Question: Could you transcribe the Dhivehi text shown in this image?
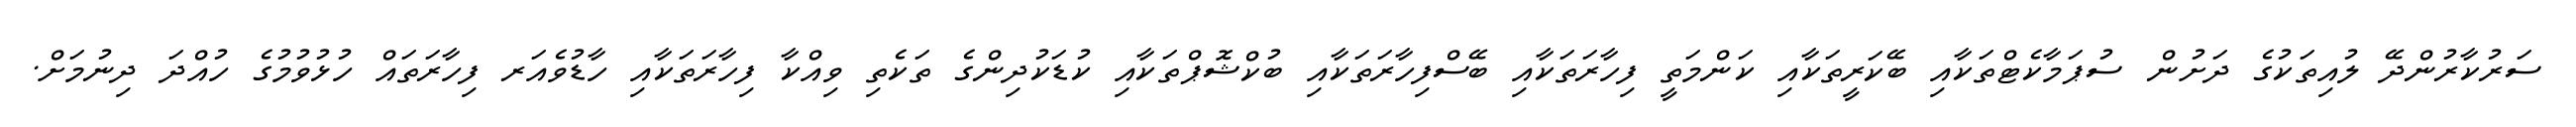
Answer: ސަރުކާރުންދޭ ލުއިތަކުގެ ދަށުން ސުޕަމާކެޓްތަކާއި ބޭކަރީތަކާއި ކަންމަތީ ފިހާރަތަކާއި ބޭސްފިހާރަތަކާއި ބުކްޝޮޕްތަކާއި ކުޑަކުދިންގެ ތަކެތި ވިއްކާ ފިހާރަތަކާއި ހާޑުވެއަރ ފިހާރަތައް ހުޅުވުމުގެ ހުއްދަ ދިނުމަށް.